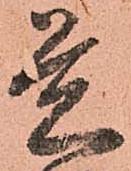
覚